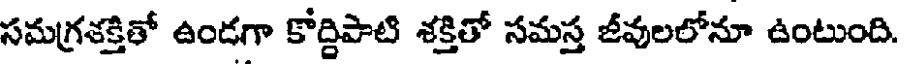
సమగ్రశక్తితో ఉండగా కోద్దిపాటి శక్తితో సమస్త జీవులలోనూ ఉంటుంది.